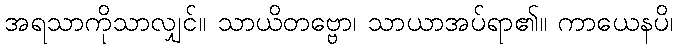
အရသာကိုသာလျှင်။ သာယိတဗ္ဗော၊ သာယာအပ်ရာ၏။ ကာယေနပိ၊